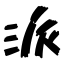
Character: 派